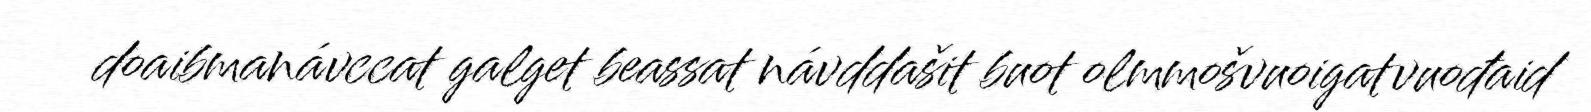
doaibmanávccat galget beassat návddašit buot olmmošvuoigatvuođaid